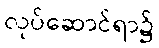
လုပ်ဆောင်ရာ၌